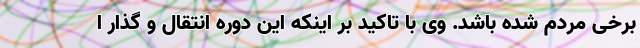
برخی مردم شده باشد. وی با تاکید بر اینکه این دوره انتقال و گذار ا